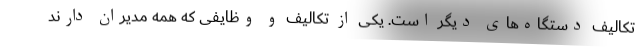
تکالیف دستگاه‌های دیگر است. یکی از تکالیف و وظایفی که همه مدیران دارند